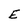
Character: E